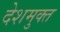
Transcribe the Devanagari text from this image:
देशमुक्त